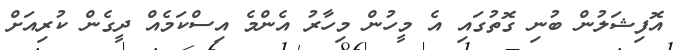
އޮފިޝަލުން ބުނި ގޮތުގައި އެ މީހުން މިހާރު އެންމެ އިސްކަމެއް ދީގެން ކުރިއަށް